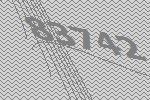
83742